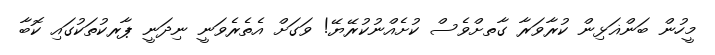
މީހުން ބަންޣަޅިން ކުރާވަރާ ގާތށްވެސް ކުށެއްނުކުރޭޔޭ! ވަގަށް އެތެރެވަނީ ނިދަނީ ޕާރކުތަކުގައި ކޮބާ